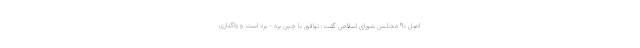
اصل ۹۰ مجلس شورای اسلامی گفت: توافق با چین برد - برد است و واگذاری